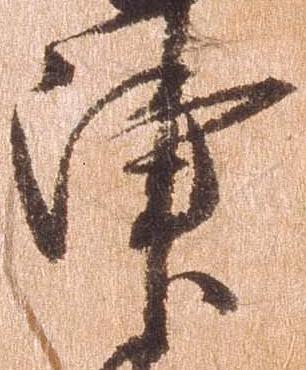
津